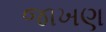
જાખણ